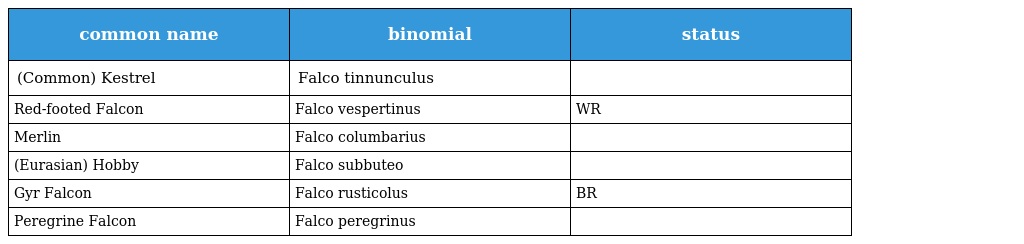
| common name | binomial | status |
 | --- | --- | --- |
 | (Common) Kestrel | Falco tinnunculus |  |
 | Red-footed Falcon | Falco vespertinus | WR |
 | Merlin | Falco columbarius |  |
 | (Eurasian) Hobby | Falco subbuteo |  |
 | Gyr Falcon | Falco rusticolus | BR |
 | Peregrine Falcon | Falco peregrinus |  |